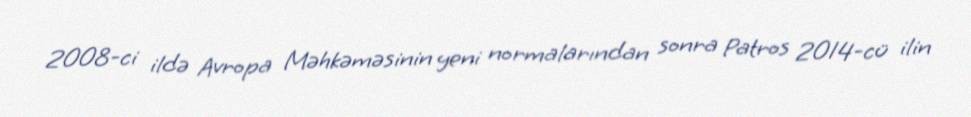
2008-ci ildə Avropa Məhkəməsinin yeni normalarından sonra Patros 2014-cü ilin